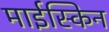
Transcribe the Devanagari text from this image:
माईस्किन